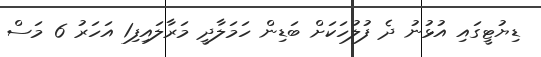
ޑިޔުޓީގައި އުޅުނު ދެ ފުލުހަކަށް ބަޑިން ހަމަލާދީ މަރާލައިފި1 އަހަރު 6 މަސް